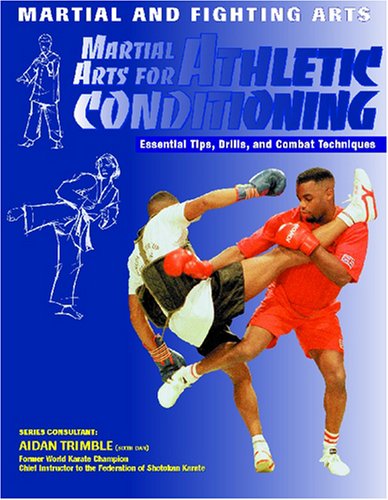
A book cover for Martial Arts for Athletic Conditioning (Martial and Fighting Arts); Eric Chaline; Teen & Young Adult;